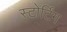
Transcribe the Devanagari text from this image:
स्टोर्टिंग